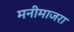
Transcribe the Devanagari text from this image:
मनीमाजरा